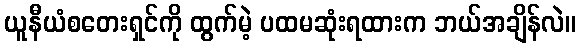
ယူနီယံစတေးရှင်ကို ထွက်မဲ့ ပထမဆုံးရထားက ဘယ်အချိန်လဲ။